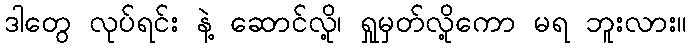
ဒါတွေ လုပ်ရင်း နဲ့ ဆောင်လို့၊ ရှုမှတ်လို့ကော မရ ဘူးလား။